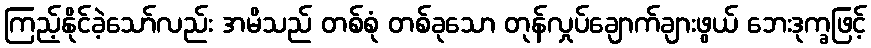
ကြည့်နိုင်ခဲ့သော်လည်း အမိသည် တစ်စုံ တစ်ခုသော တုန်လှုပ်ချောက်ချားဖွယ် ဘေးဒုက္ခဖြင့်